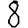
Digit: 8